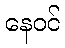
နေဝင်